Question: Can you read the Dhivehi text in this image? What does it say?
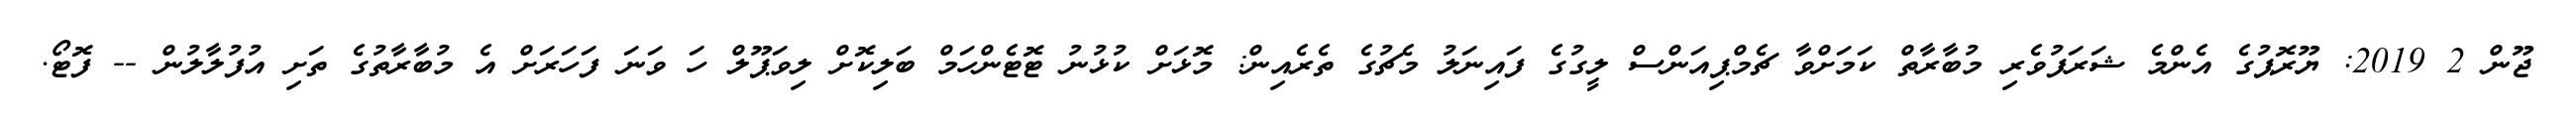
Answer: ޖޫން 2 2019: ޔޫރޮޕުގެ އެންމެ ޝަރަފުވެރި މުބާރާތް ކަމަށްވާ ޗެމްޕިއަންސް ލީގުގެ ފައިނަލު މެޗުގެ ތެރެއިން: މޮޅަށް ކުޅުނު ޓޮޓެންހަމް ބަލިކޮށް ލިވަޕޫލް ހަ ވަނަ ފަހަރަށް އެ މުބާރާތުގެ ތަށި އުފުލާލުން -- ފޮޓޯ.